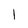
Character: l